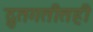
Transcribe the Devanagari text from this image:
द्रुतगतीतही